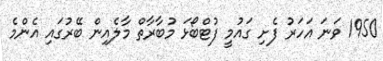
1950 ވަނަ އަހަރު ފެށި ގައުމީ ފުޓްބޯޅަ މުބާރާތް މާލެއިން ބޭރުގައި އެންމެ